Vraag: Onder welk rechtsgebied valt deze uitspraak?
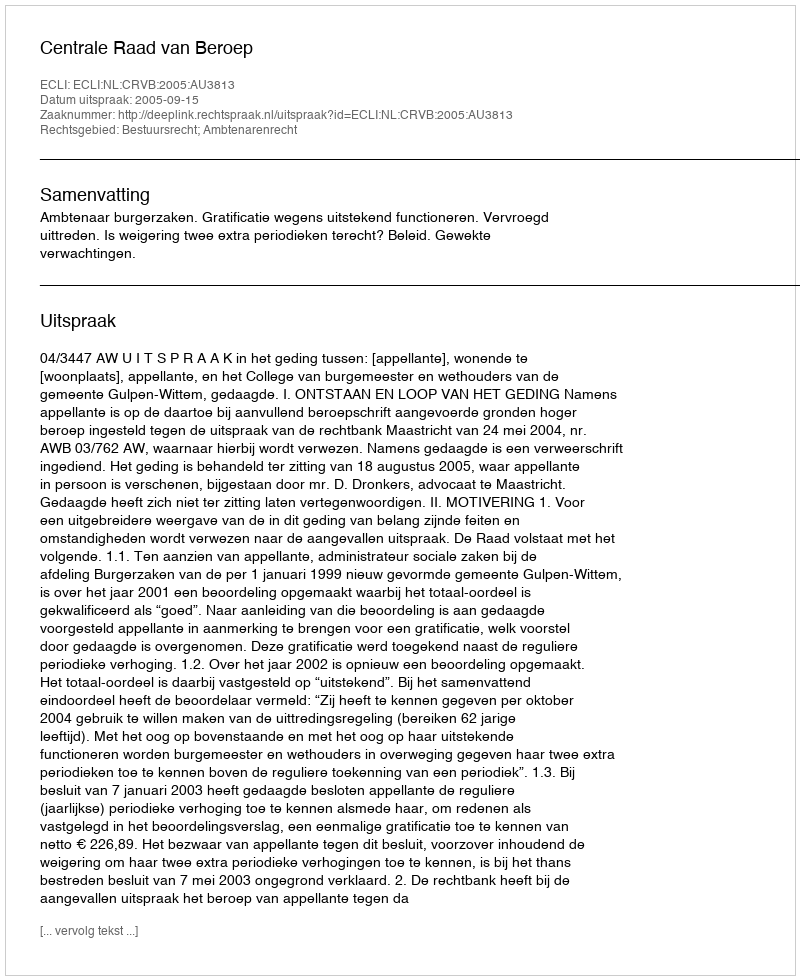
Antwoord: Bestuursrecht; Ambtenarenrecht